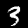
Label: 3